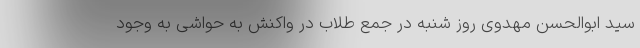
سید ابوالحسن مهدوی روز شنبه در جمع طلاب در واکنش به حواشی به وجود